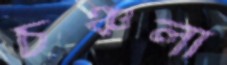
চঞ্চলা